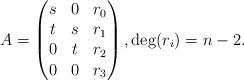
LaTeX: \begin{align*}A = \begin{pmatrix} s & 0 & r_0\\ t & s & r_1\\ 0 & t & r_2\\ 0 & 0& r_3\end{pmatrix},\deg(r_i) = n-2. \end{align*}